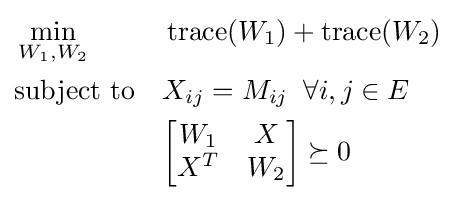
{\begin{aligned}&\min \limits _{W_{1},W_{2}}&&\operatorname {trace} (W_{1})+\operatorname {trace} (W_{2})\\&{\text{subject to}}&&X_{ij}=M_{ij}\;\;\forall i,j\in E\\&&&{\begin{bmatrix}W_{1}&X\\X^{T}&W_{2}\end{bmatrix}}\succeq 0\end{aligned}}